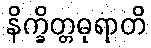
နိက္ခိတ္တဓုရာတိ